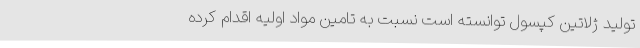
تولید ژلاتین کپسول توانسته است نسبت به تامین مواد اولیه اقدام کرده